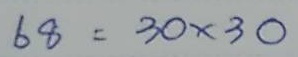
68 = 30 x 30